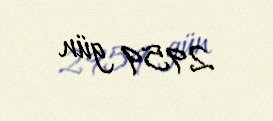
2959 gün